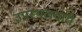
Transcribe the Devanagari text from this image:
उपस्थलचारी